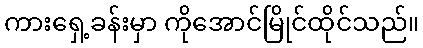
ကားရှေ့ခန်းမှာ ကိုအောင်မြိုင်ထိုင်သည်။